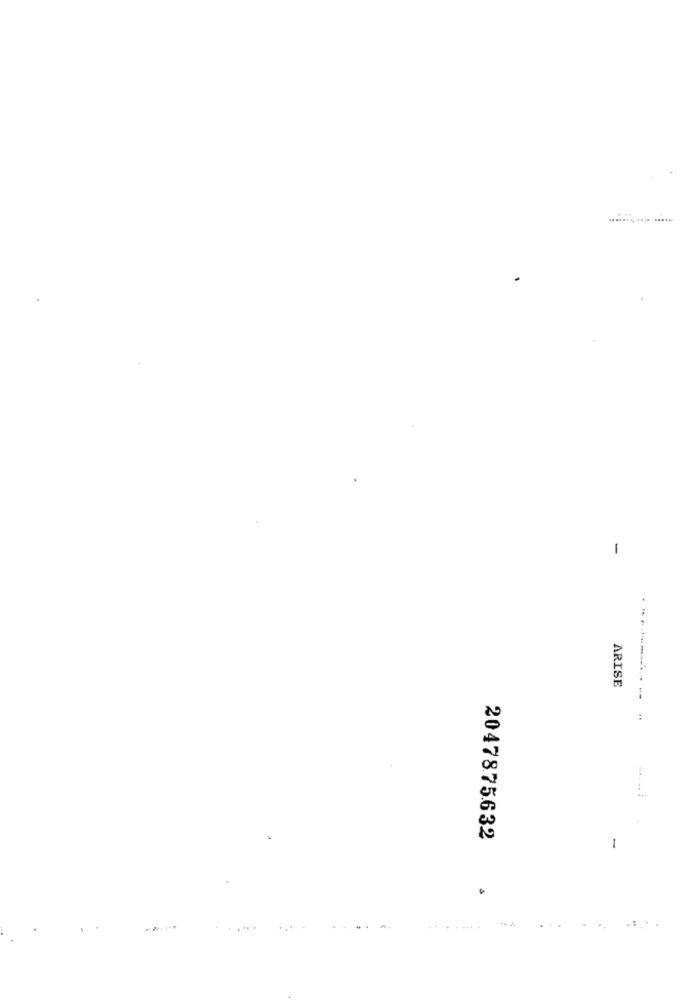
...................
-
-----
ARISE
:
2047875632
-